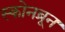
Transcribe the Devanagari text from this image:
स्कोनब्रून